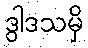
ဒွါဒသမှိ